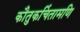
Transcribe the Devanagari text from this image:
कौतुकचिंतामणि